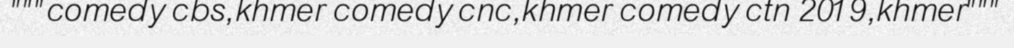
"""comedy cbs,khmer comedy cnc,khmer comedy ctn 2019,khmer"""